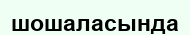
шошаласында